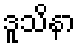
ဒူသိနာ